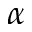
\alpha